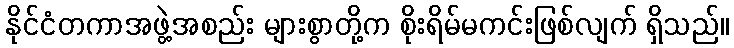
နိုင်ငံတကာအဖွဲ့အစည်း များစွာတို့က စိုးရိမ်မကင်းဖြစ်လျက် ရှိသည်။